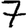
Digit: 7